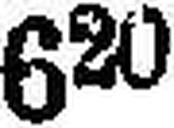
620